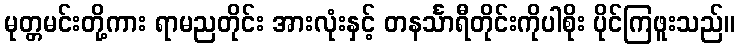
မုတ္တမင်းတို့ကား ရာမညတိုင်း အားလုံးနှင့် တနင်္သာရီတိုင်းကိုပါစိုး ပိုင်ကြဖူးသည်။